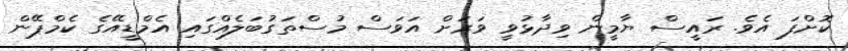
ކޮށްފަ އެެވެ. ރައީސް ޔާމީން ވިދާޅުވީ ވަރަށް އަވަސް މުސްތަގުބަލެއްގައި އެމްޑީއޭގެ ކެމްޕޭން